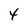
Character: 4